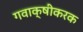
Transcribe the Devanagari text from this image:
गवाक्षीकरक